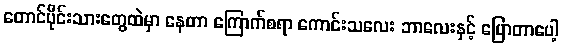
တောင်ပိုင်းသားတွေထဲမှာ နေတာ ကြောက်စရာ ကောင်းသလေး ဘာလေးနှင့် ပြောတာပေါ့